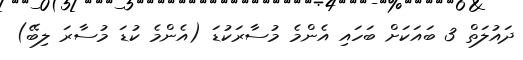
ދައުލަތް 3 ބައަކަށް ބަހައި އެންމެ މުސާރަކުޑަ (އެންމެ ކުޑަ މުސާރަ ލިބޭ)